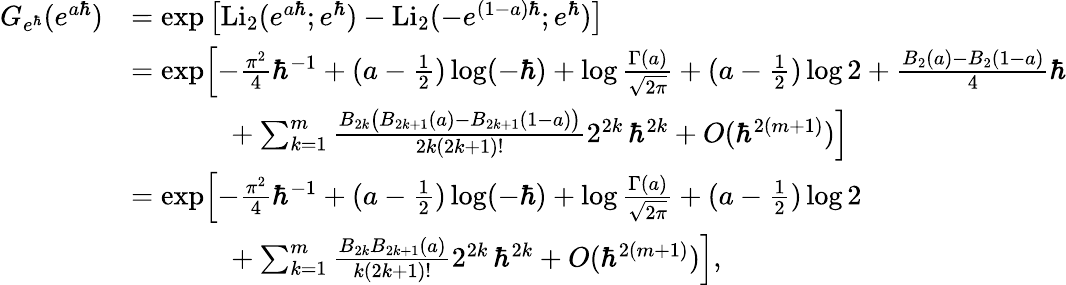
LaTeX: \begin{array}{rl}{G_{e^{\hbar}}(e^{a\hbar})}&{=\exp\left[\mathrm{Li}_{2}(e^{a\hbar};e^{\hbar})-\mathrm{Li}_{2}(-e^{(1-a)\hbar};e^{\hbar})\right]}\\ &{=\exp\Bigl[-\frac{\pi^{2}}{4}\hbar^{-1}+(a-\frac{1}{2})\log(-\hbar)+\log\frac{\Gamma(a)}{\sqrt{2\pi}}+(a-\frac{1}{2})\log 2+\frac{B_{2}(a)-B_{2}(1-a)}{4}\hbar}\\ &{\phantom{=\exp x}+\sum_{k=1}^{m}\frac{B_{2k}\bigl(B_{2k+1}(a)-B_{2k+1}(1-a)\bigr)}{2k(2k+1)!}2^{2k}\, \hbar^{2k}+O(\hbar^{2(m+1)})\Bigr]}\\ &{=\exp\Bigl[-\frac{\pi^{2}}{4}\hbar^{-1}+(a-\frac{1}{2})\log(-\hbar)+\log\frac{\Gamma(a)}{\sqrt{2\pi}}+(a-\frac{1}{2})\log 2}\\ &{\phantom{=\exp x}+\sum_{k=1}^{m}\frac{B_{2k}B_{2k+1}(a)}{k(2k+1)!}2^{2k}\, \hbar^{2k}+O(\hbar^{2(m+1)})\Bigr],}\end{array}